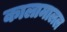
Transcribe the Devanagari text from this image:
कालामालल